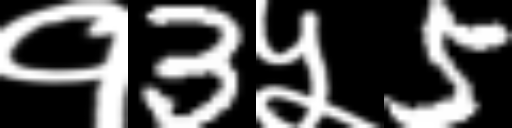
Text: १3५5